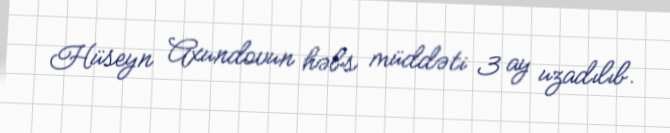
Hüseyn Axundovun həbs müddəti 3 ay uzadılıb.